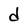
Character: d